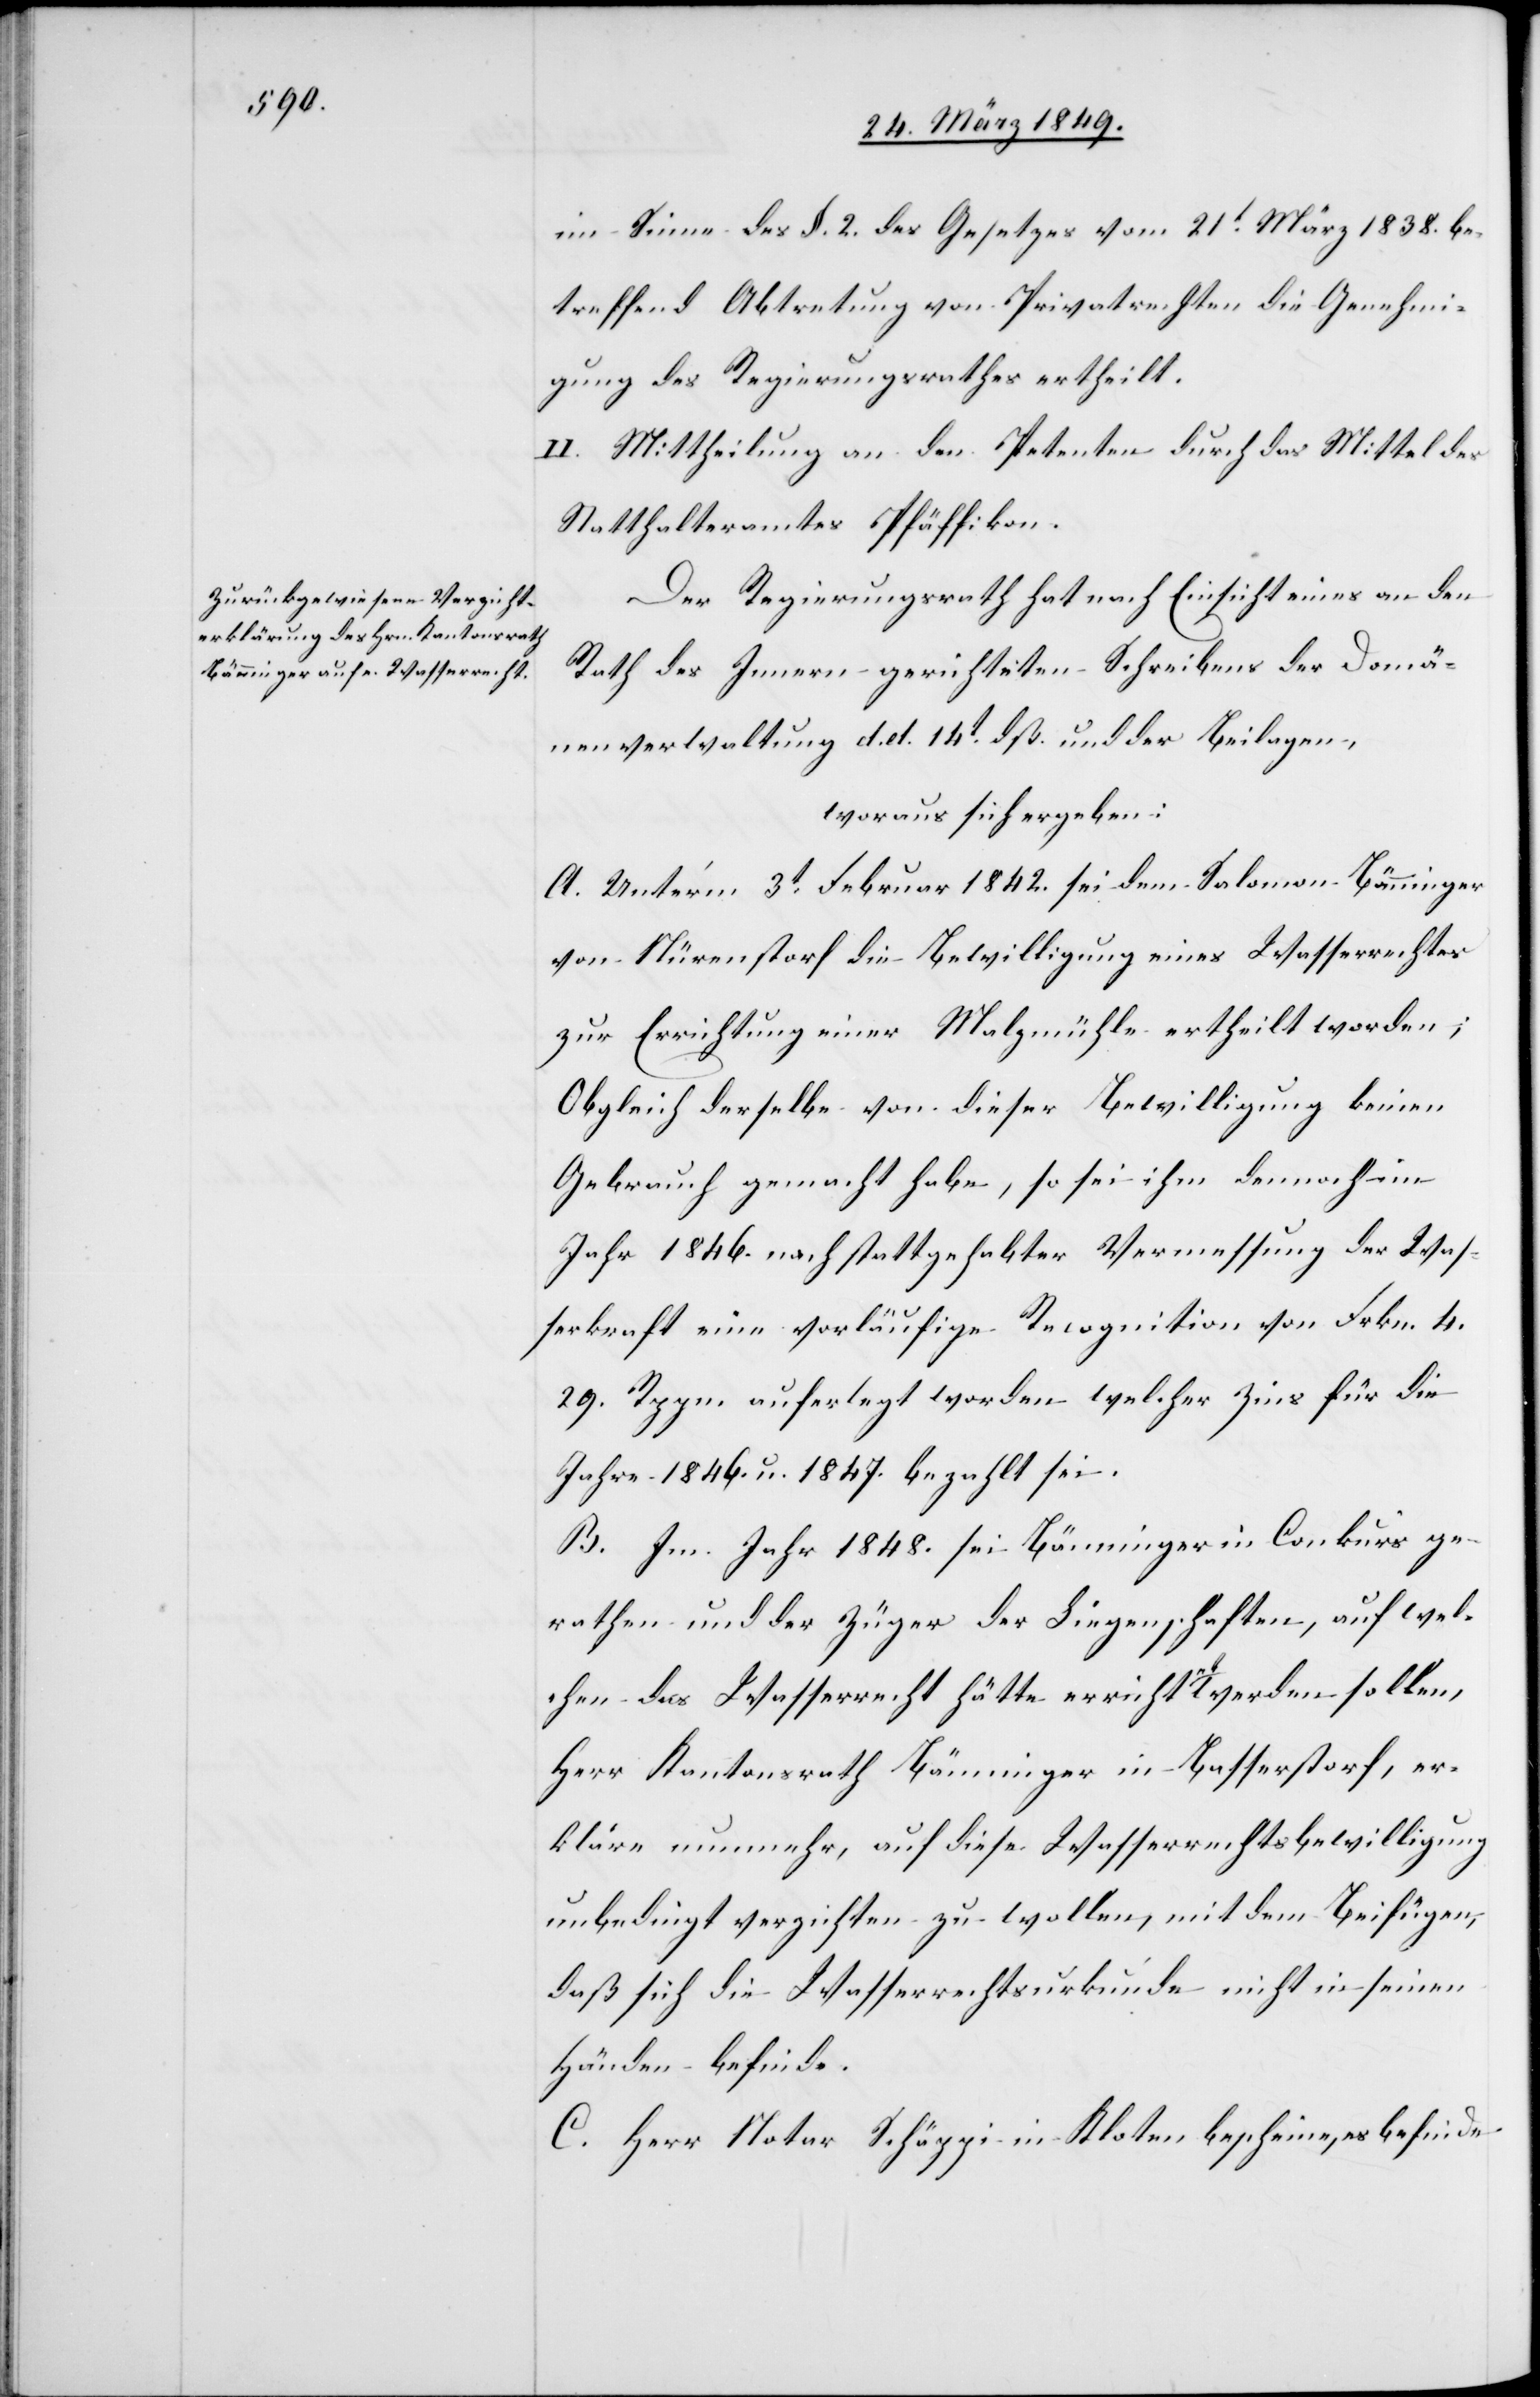
im Sinne des §. 2. des Gesetzes vom 21t. März 1838. be¬
treffend Abtretung von Privatrechten die Genehmi¬
gung des Regierungsrathes ertheilt.
II. Mittheilung an den Petenten durch das Mittel des
Statthalteramtes Pfäffikon.
Der Regierungsrath hat nach Einsicht eines an den
Rath des Innern gerichteten Schreibens der Domä¬
nenverwaltung d. d. 14t. dß. und der Beilagen,
woraus sich ergeben:
A. Unter’m 3t. Februar 1842. sei dem Salomon Bänninger
von Nürenstorf die Bewilligung eines Wasserrechtes
zur Errichtung einer Malzmühle ertheilt worden;
Obgleich derselbe von dieser Bewilligung keinen
Gebrauch gemacht habe, so sei ihm dennoch im
Jahr 1846. nach stattgehabter Vermessung der Was¬
serkraft eine vorläufige Recognition von Frkn. 4.
29. Rppn. auferlegt worden welcher Zins für die
Jahre 1846. u. 1847. bezahlt sei.
B. Im Jahr 1848. sei Bänninger in Conkurs ge¬
rathen und der Züger der Liegenschaften, auf wel¬
chen das Wasserrecht hätte errichtet werden sollen,
Herr Kantonsrath Bänninger in Basserstorf, er¬
kläre nunmehr, auf diese Wasserrechtsbewilligung
unbedingt verzichten zu wollen, mit dem Beifügen,
daß sich die Wasserrechtsurkunde nicht in seinen
Händen befinde.
C. Herr Notar Schäppi in Kloten bescheine, [„]es